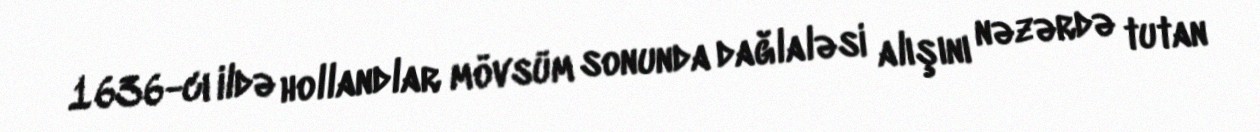
1636-cı ildə hollandlar mövsüm sonunda dağlaləsi alışını nəzərdə tutan